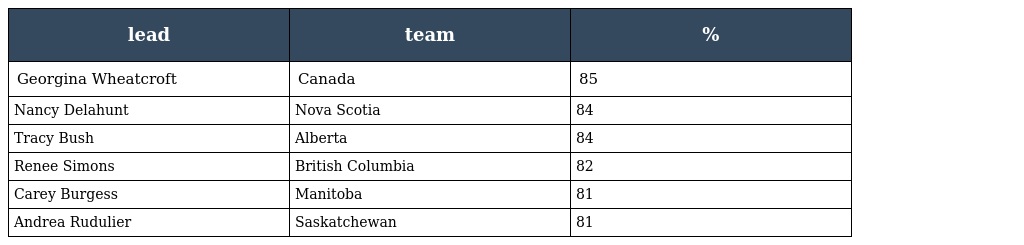
| lead | team | % |
 | --- | --- | --- |
 | Georgina Wheatcroft | Canada | 85 |
 | Nancy Delahunt | Nova Scotia | 84 |
 | Tracy Bush | Alberta | 84 |
 | Renee Simons | British Columbia | 82 |
 | Carey Burgess | Manitoba | 81 |
 | Andrea Rudulier | Saskatchewan | 81 |